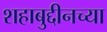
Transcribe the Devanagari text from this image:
शहाबुद्दीनच्या